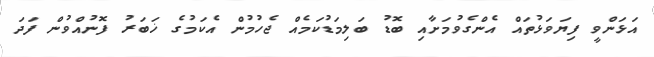
އަޅަންވީ ފިޔަވަޅުތައް އެންގެވުމަށާއި ބޮޑު ބަލިމަޑުކަމެއް ޖެހުމުން އެކަމުގެ ޚަބަރު ފޮނުއްވުން ފަދަ